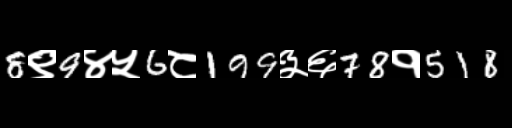
Text: 8९9४५6८199३६78१518